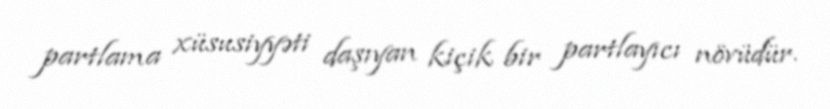
partlama xüsusiyyəti daşıyan kiçik bir partlayıcı növüdür.